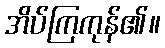
အိပ်ကြကုန်၏။